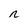
Character: r